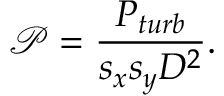
\mathcal { P } = \frac { P _ { t u r b } } { s _ { x } s _ { y } D ^ { 2 } } .